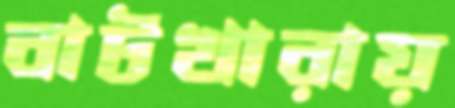
বাটখারায়